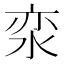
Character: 𰛪